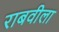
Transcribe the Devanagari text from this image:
राबवीला